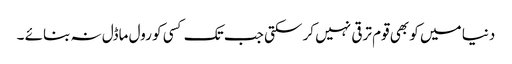
دنیا میں کو بھی قوم ترقی نہیں کر سکتی جب تک کسی کو رول ماڈل نہ بنائے ۔